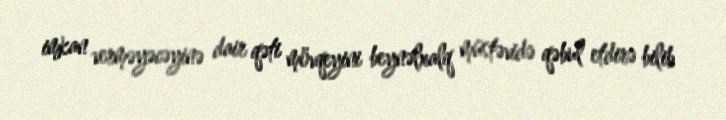
imkan verməyəcəyinə dair qəti mövqeyini beynəlxalq müstəvidə qəbul etdirə bilib